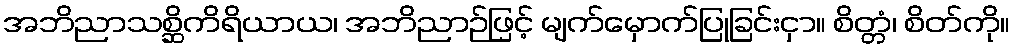
အဘိညာသစ္ဆိကိရိယာယ၊ အဘိညာဉ်ဖြင့် မျက်မှောက်ပြုခြင်းငှာ။ စိတ္တံ၊ စိတ်ကို။